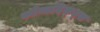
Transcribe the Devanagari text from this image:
कोन्त्रदिक्ट्स